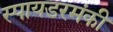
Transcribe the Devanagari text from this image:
स्पायडरमंकी